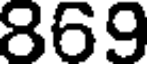
869